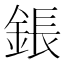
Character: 鋹